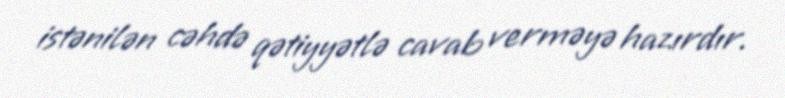
istənilən cəhdə qətiyyətlə cavab verməyə hazırdır.